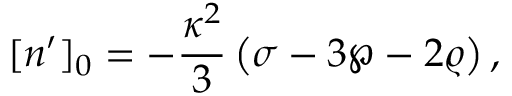
[ n ^ { \prime } ] _ { 0 } = - { \frac { \kappa ^ { 2 } } { 3 } } \left( \sigma - 3 \wp - 2 \varrho \right) ,